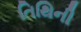
તિથિની